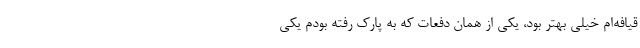
قیافه‌ام خیلی بهتر بود، یکی از همان دفعات که به پارک رفته بودم یکی